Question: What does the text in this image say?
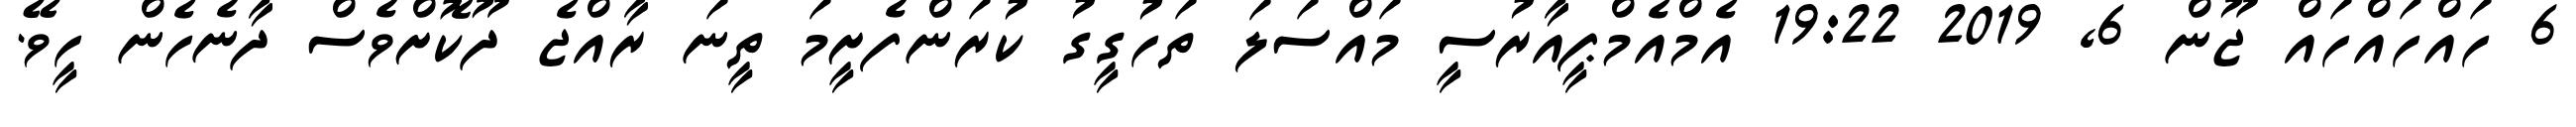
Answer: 6 ހައްހައްހައް ޖޫން 6, 2019 19:22 އެމްއެމްޕީއާރުސީ މައްސަލަ ތަހުގީގު ކުރަންފެށީމަ ތީނަ ރާއްޖެ ދޫކޮށްވެސް ދާނެހެން ހީވޭ.